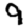
Digit: 9